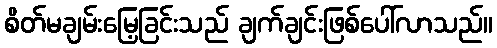
စိတ်မချမ်းမြေ့ခြင်းသည် ချက်ချင်းဖြစ်ပေါ်လာသည်။